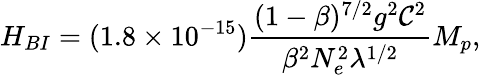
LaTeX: H_{BI}=(1.8\times 10^{-15})\frac{(1-\beta)^{7/2}g^{2}{\cal C}^{2}}{\beta^{2}N_{e}^{2}\lambda^{1/2}}M_{p},